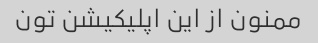
ممنون از این اپلیکیشن تون